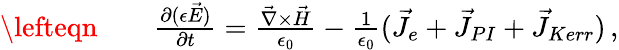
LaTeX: \begin{array}{rlr}{\lefteqn{}}&{{}}&{\frac{\partial{(\epsilon\vec{E})}}{\partial{t}}=\frac{\vec{\nabla}\times\vec{H}}{\epsilon_{0}}-\frac{1}{\epsilon_{0}}(\vec{J}_{e}+\vec{J}_{PI}+\vec{J}_{Kerr})\, ,}\end{array}